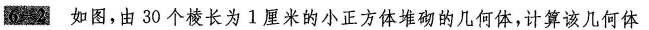
6-2 如图，由30个棱长为1厘米的小正方体堆砌的几何体，计算该几何体